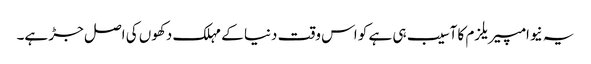
یہ نیوامپیریلزم کا آسیب ہی ہے کو اس وقت دنیا کے مہلک دکھوں کی اصل جڑ ہے۔